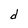
Character: d